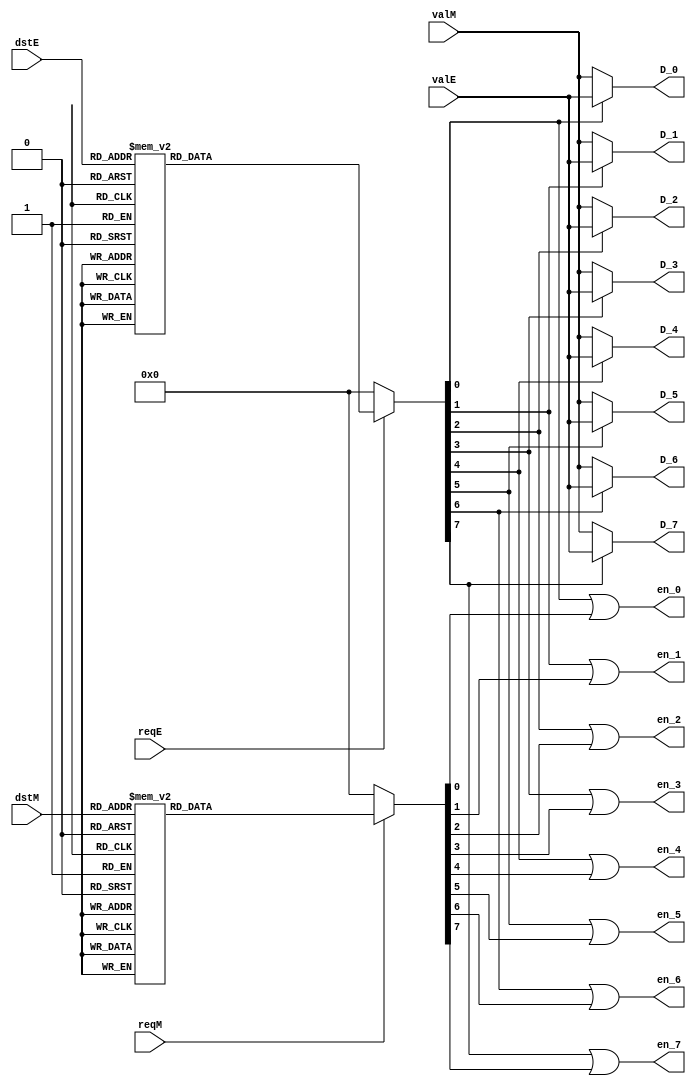
`timescale 1ns / 1ps
//////////////////////////////////////////////////////////////////////////////////
// Company: 
// Engineer: 
// 
// Design Name: 
// Module Name: regWriter
// Project Name: 
// Target Devices: 
// Tool Versions: 
// Description: 
// 
// Dependencies: 
// 
// Revision:
// Revision 0.01 - File Created
// Additional Comments:
// 
//////////////////////////////////////////////////////////////////////////////////


module regWriter(
    input [2:0] dstE,
    input reqE,
    input [31:0] valE,
    input [2:0] dstM,
    input reqM,
    input [31:0] valM,
    output en_0,
    output [31:0] D_0,
    output en_1,
    output [31:0] D_1,
    output en_2,
    output [31:0] D_2,
    output en_3,
    output [31:0] D_3,
    output en_4,
    output [31:0] D_4,
    output en_5,
    output [31:0] D_5,
    output en_6,
    output [31:0] D_6,
    output en_7,
    output [31:0] D_7
    );
    
    reg [7:0] A_enables = 0;
    reg [7:0] B_enables = 0;
    /*
    initial begin
        D_0 <= 0;
        D_1 <= 0;
        D_2 <= 0;
        D_3 <= 0;
        D_4 <= 0;
        D_5 <= 0;
    end
    */
    
    always @ (*)
        if (reqE)
            case (dstE)
                3'b000 : A_enables = 8'b00000001;
                3'b001 : A_enables = 8'b00000010;
                3'b010 : A_enables = 8'b00000100;
                3'b011 : A_enables = 8'b00001000;
                3'b100 : A_enables = 8'b00010000;
                3'b101 : A_enables = 8'b00100000;
                3'b110 : A_enables = 8'b01000000;
                3'b111 : A_enables = 8'b10000000;
            endcase
        else
            A_enables = 'h0;
        
    always @ (*)
        if (reqM)
            case (dstM)
                3'b000 : B_enables = 8'b00000001;
                3'b001 : B_enables = 8'b00000010;
                3'b010 : B_enables = 8'b00000100;
                3'b011 : B_enables = 8'b00001000;
                3'b100 : B_enables = 8'b00010000;
                3'b101 : B_enables = 8'b00100000;
                3'b110 : B_enables = 8'b01000000;
                3'b111 : B_enables = 8'b10000000;
            endcase
        else
            B_enables = 'h0;
    
    assign en_0 = A_enables[0] | B_enables[0];
    assign en_1 = A_enables[1] | B_enables[1];
    assign en_2 = A_enables[2] | B_enables[2];
    assign en_3 = A_enables[3] | B_enables[3];
    assign en_4 = A_enables[4] | B_enables[4];
    assign en_5 = A_enables[5] | B_enables[5];
    assign en_6 = A_enables[6] | B_enables[6];
    assign en_7 = A_enables[7] | B_enables[7];
    
    assign D_0 = A_enables[0] ? valE : valM;
    assign D_1 = A_enables[1] ? valE : valM;
    assign D_2 = A_enables[2] ? valE : valM;
    assign D_3 = A_enables[3] ? valE : valM;
    assign D_4 = A_enables[4] ? valE : valM;
    assign D_5 = A_enables[5] ? valE : valM;
    assign D_6 = A_enables[6] ? valE : valM;
    assign D_7 = A_enables[7] ? valE : valM;
    
endmodule